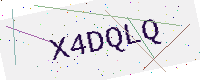
Text: X4DQLQ